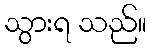
သွားရ သည်။